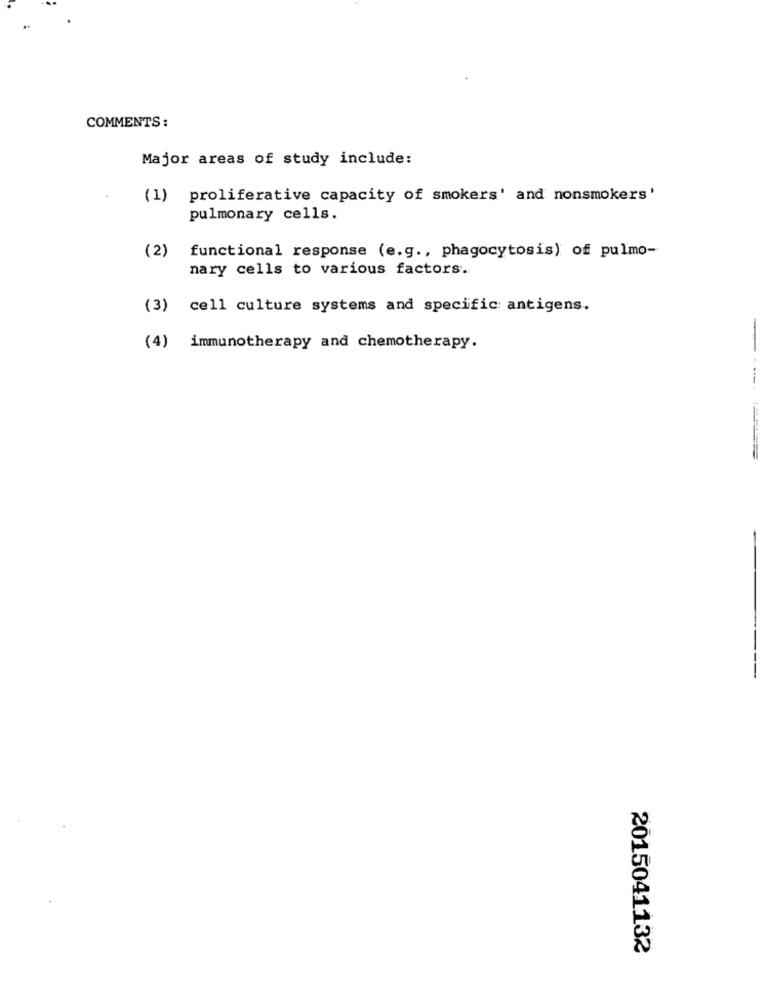
COMMENTS:
Major areas of study include:
(1) proliferative capacity of smokers' and nonsmokers'
pulmonary cells.
(2)
functional response (e.g ., phagocytosis) of pulmo-
nary cells to various factors.
(3) cell culture systems and specific antigens.
(4) immunotherapy and chemotherapy.
-
2015041132